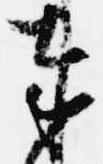
奉